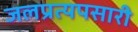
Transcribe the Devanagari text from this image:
जलप्रत्यपसारी